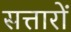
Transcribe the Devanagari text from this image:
सत्तारों